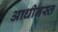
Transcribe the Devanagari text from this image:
आधीनस्त